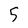
Character: 5